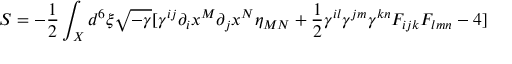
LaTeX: S = - \frac { 1 } { 2 } \int _ { X } d ^ { 6 } \xi \sqrt { - \gamma } [ \gamma ^ { i j } \partial _ { i } x ^ { M } \partial _ { j } x ^ { N } \eta _ { M N } + \frac { 1 } { 2 } \gamma ^ { i l } \gamma ^ { j m } \gamma ^ { k n } F _ { i j k } F _ { l m n } - 4 ]